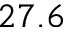
2 7 . 6 \,